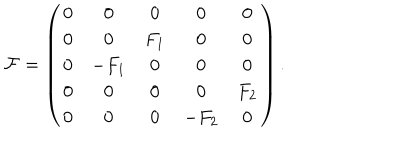
{ \cal F } = \left( \begin{array} { c c c c c } { { 0 } } & { { 0 } } & { { 0 } } & { { 0 } } & { { 0 } } \\ { { 0 } } & { { 0 } } & { { F _ { 1 } } } & { { 0 } } & { { 0 } } \\ { { 0 } } & { { - F _ { 1 } } } & { { 0 } } & { { 0 } } & { { 0 } } \\ { { 0 } } & { { 0 } } & { { 0 } } & { { 0 } } & { { F _ { 2 } } } \\ { { 0 } } & { { 0 } } & { { 0 } } & { { - F _ { 2 } } } & { { 0 } } \\ \end{array} \right) .